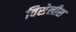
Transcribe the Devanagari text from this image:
विसेलीश